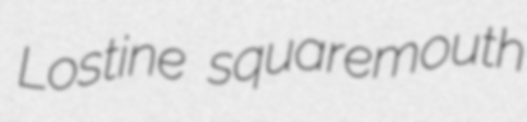
Lostine squaremouth